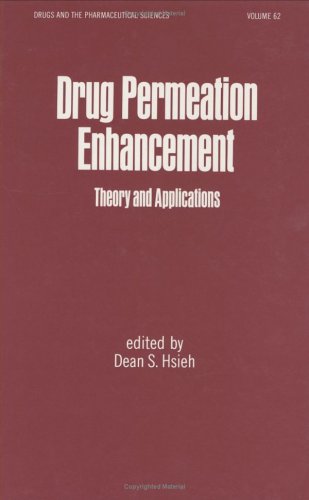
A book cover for Drug Permeation Enhancement: Theory and Applications (Drugs and the Pharmaceutical Sciences); Dean S. Hsieh; Medical Books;